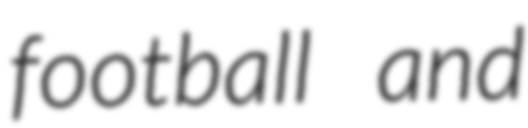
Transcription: football and